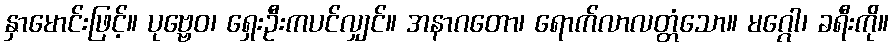
နှာမောင်းဖြင့်။ ပုဗ္ဗေဝ၊ ရှေးဦးကပင်လျှင်။ အနာဂတော၊ ရောက်လာလတ္တံသော။ မဂ္ဂေါ၊ ခရီးကို။